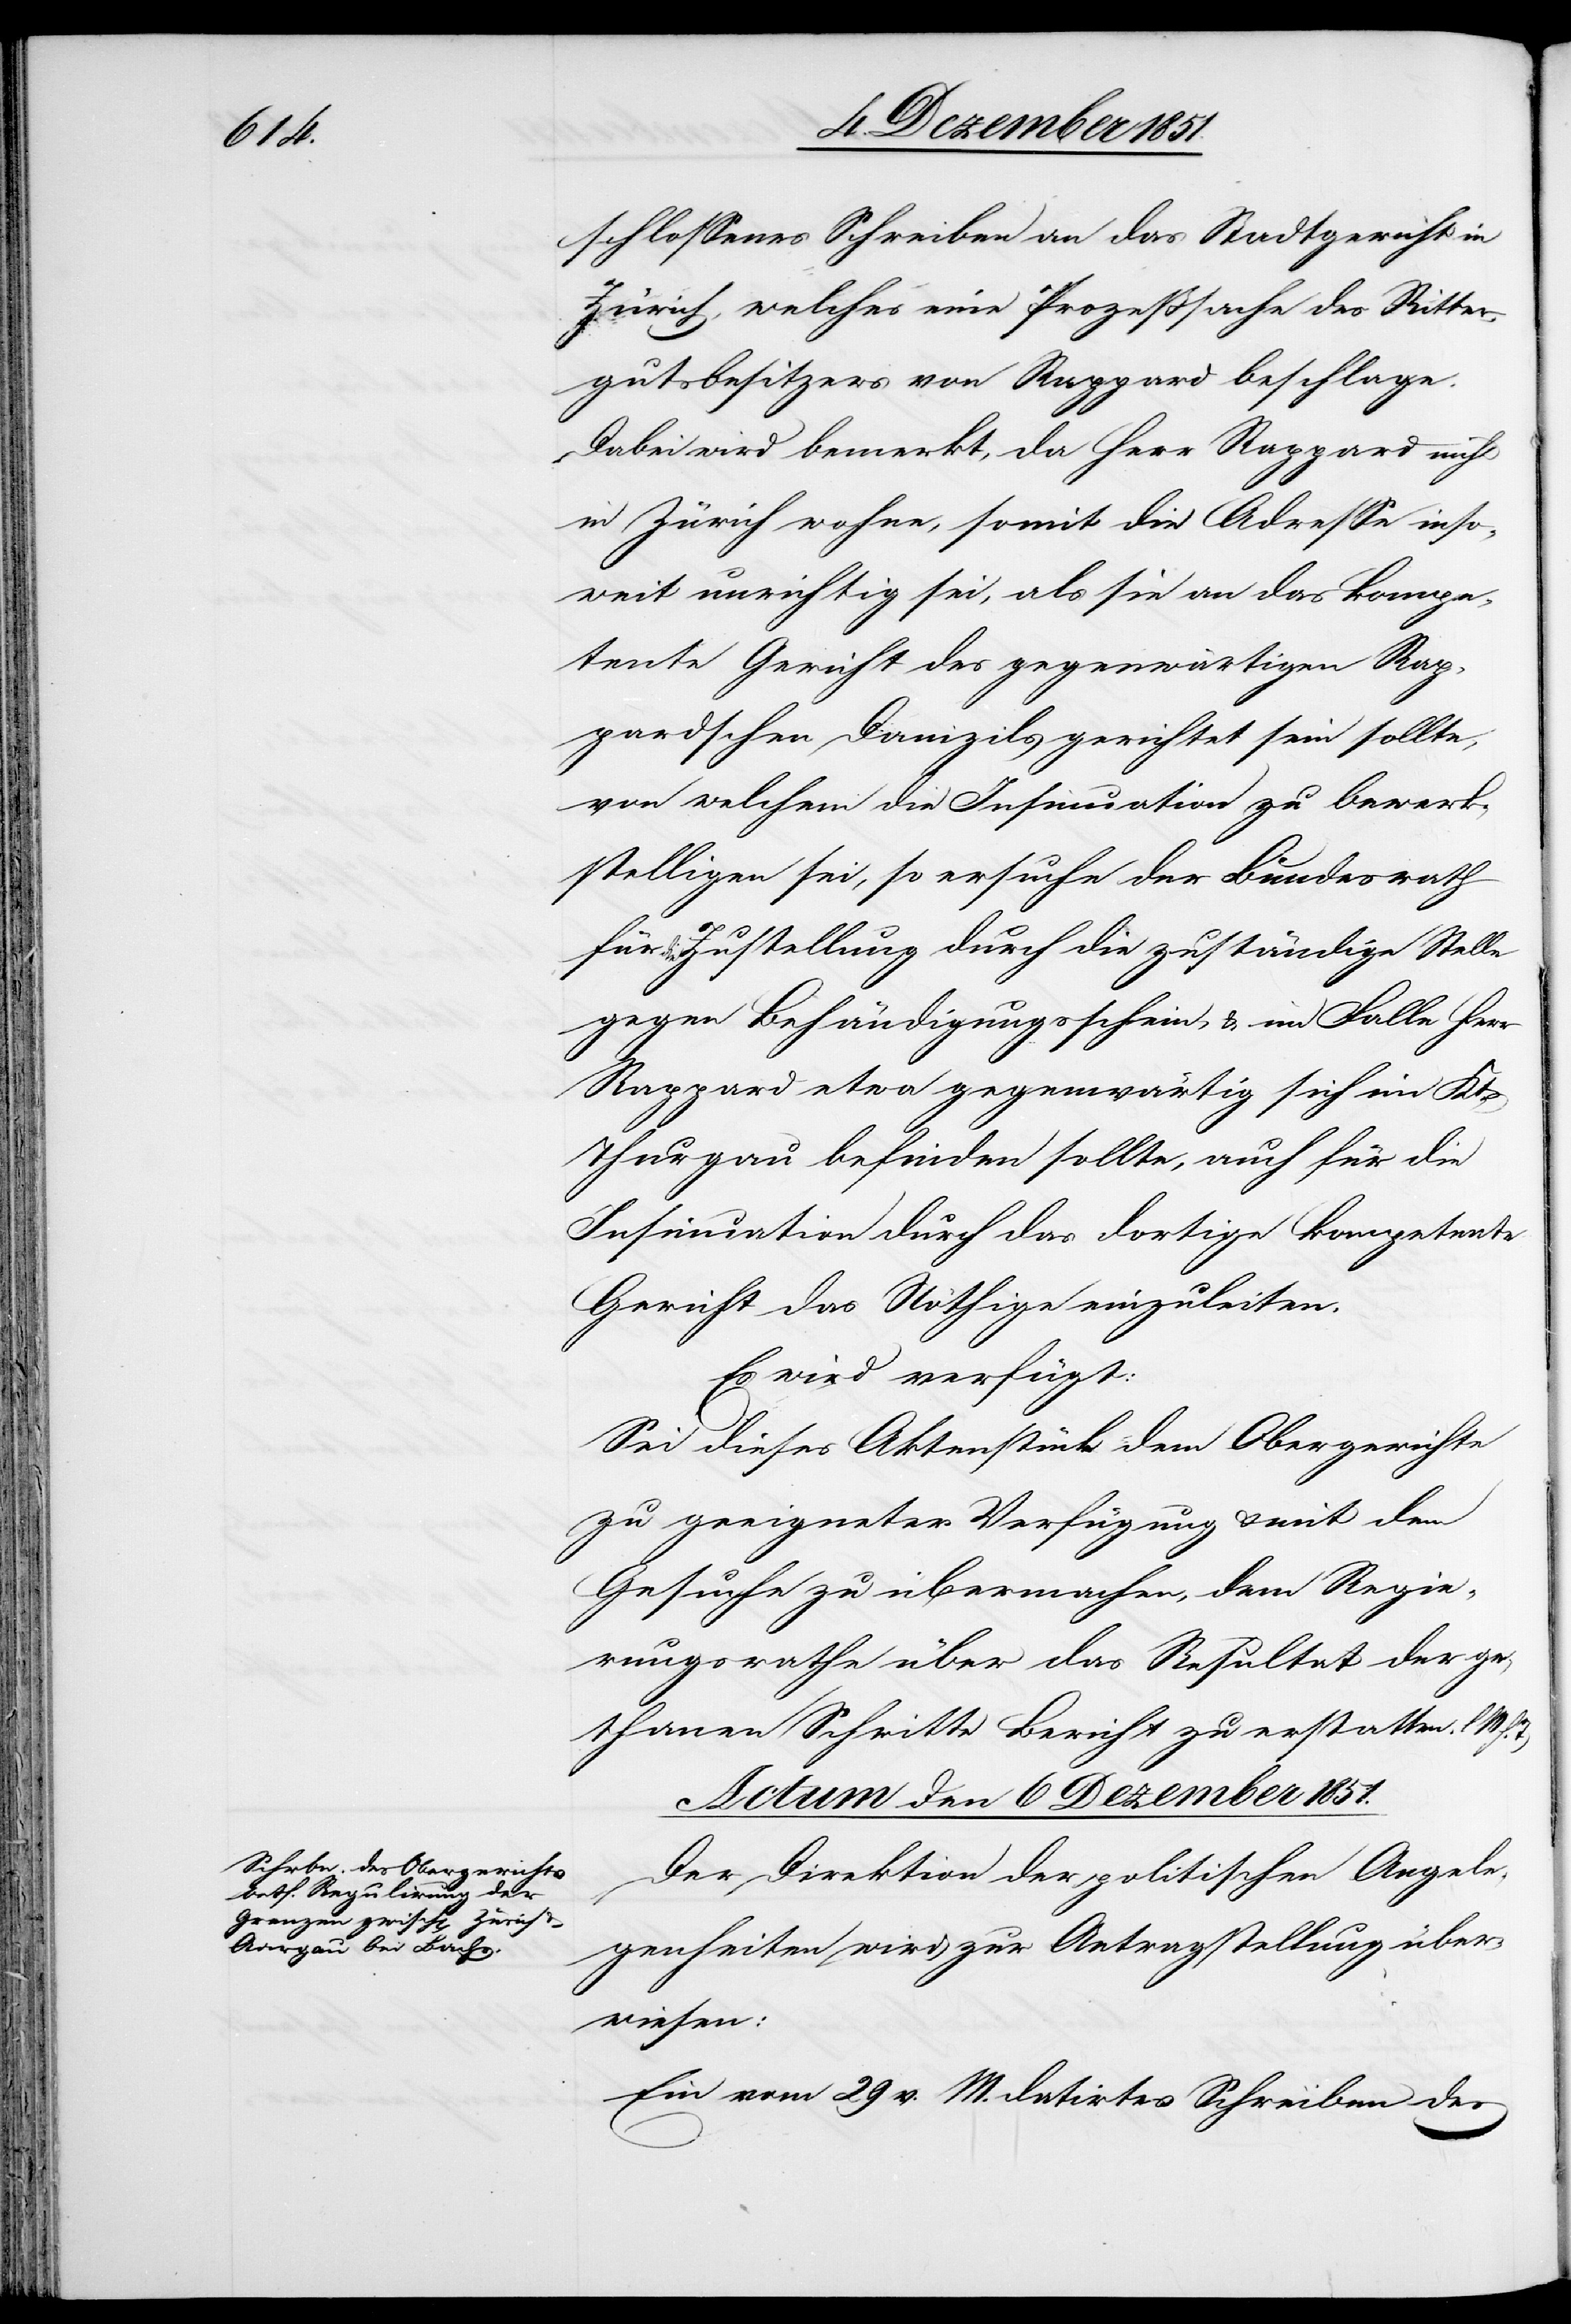
schlossenes Schreiben an das Stadtgericht in
Zürich, welches eine Prozeßsache des Ritter¬
gutsbesitzers von Rappard beschlage.
Dabei wird bemerkt, da Herr Rappard nicht
in Zürich wohne, somit die Adresse inso¬
weit unrichtig sei, als sie an das kompe¬
tente Gericht des gegenwärtigen Rap¬
pardschen Domizils gerichtet sein sollte,
von welchem die Insinuation zu bewerk¬
stelligen sei, so ersuche der Bundesrath
die Zustellung durch die zuständige Stelle
gegen Behändigungsschein & im Falle Herr
Rappard etwa gegenwärtig sich im Kt.
Thurgau befinden sollte, auch für die
Insinuation durch das dortige kompetente
Gericht das Nöthige einzuleiten.
Es wird verfügt:
Sei dieses Aktenstück dem Obergerichte
zu geeigneter Verfügung & mit dem
Gesuche zu übermachen, dem Regie¬
rungsrathe über das Resultat der ge¬
thanen Schritte Bericht zu erstatten. [(]l.
Actum den 6 Dezember 1851.
Der Direktion der politischen Angele¬
genheiten wird zur Antragstellung über¬
wiesen:
Ein vom 29 v. M. datirtes Schreiben des